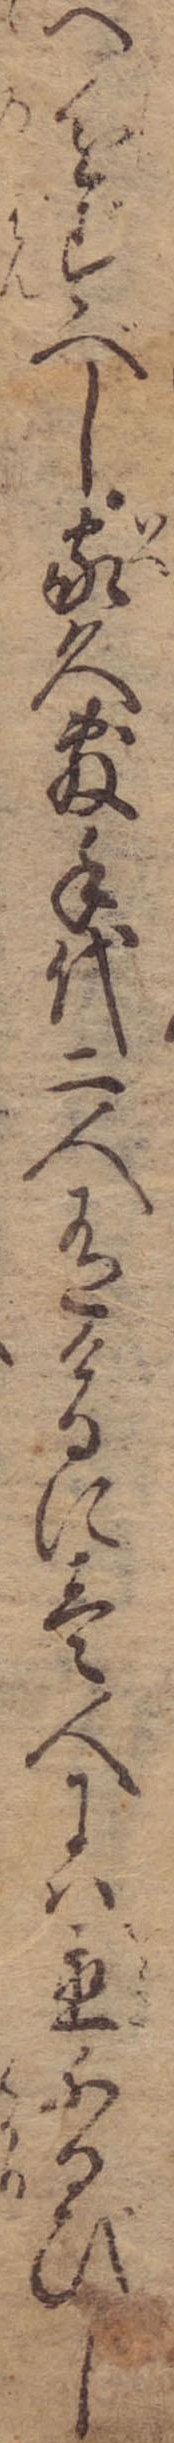
へ進ずべし家久敷手代二人有けるに壱人には置ふるびし